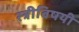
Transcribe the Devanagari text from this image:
स्त्रीविषयी